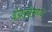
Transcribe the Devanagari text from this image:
इंग्रजीमध्‍ये